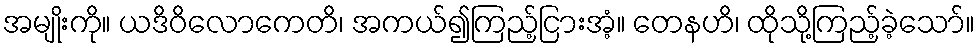
အမျိုးကို။ ယဒိဝိလောကေတိ၊ အကယ်၍ကြည့်ငြားအံ့။ တေနဟိ၊ ထိုသို့ကြည့်ခဲ့သော်။